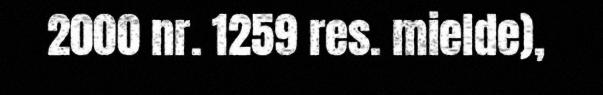
2000 nr. 1259 res. mielde),